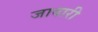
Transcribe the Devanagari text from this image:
जावारी